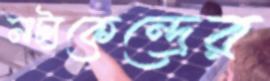
নাট্যকেন্দ্রের